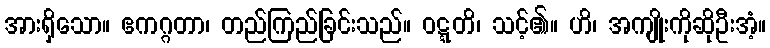
အားရှိသော။ ဧကဂ္ဂတာ၊ တည်ကြည်ခြင်းသည်။ ဝဋ္ဋတိ၊ သင့်၏။ ဟိ၊ အကျိုးကိုဆိုဦးအံ့။